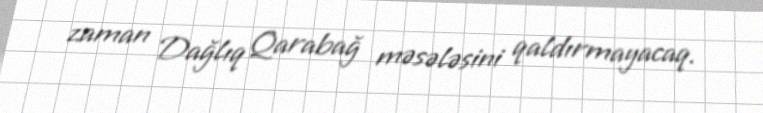
zaman Dağlıq Qarabağ məsələsini qaldırmayacaq.